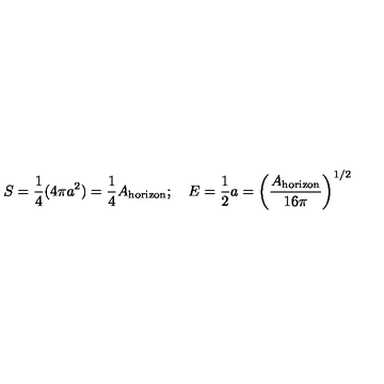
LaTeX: S = { \frac { 1 } { 4 } } ( 4 \pi a ^ { 2 } ) = { \frac { 1 } { 4 } } A _ { \mathrm { h o r i z o n } } ; \quad E = { \frac { 1 } { 2 } } a = \left( { \frac { A _ { \mathrm { h o r i z o n } } } { 1 6 \pi } } \right) ^ { 1 / 2 }